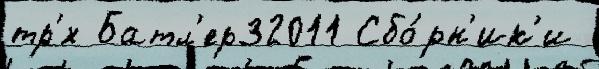
тр'́х Батл'ер32011 Сбо́рн'ик'и